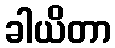
ခါယိတာ